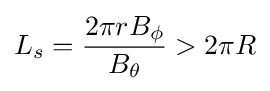
L_{s}={\frac {2\pi rB_{\phi }}{B_{\theta }}}>2\pi R